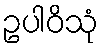
ဥပါဝိသုံ